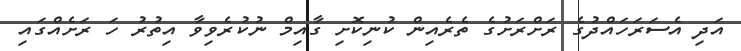
އަދި އެސަރަހައްދުގެ ރަށްރަށުގެ ތެރެއިން ކުނިކޮށި ގާއިމް ނުކުރެވިވާ އިތުރު ހަ ރަށެއްގައި